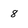
Character: 8